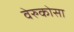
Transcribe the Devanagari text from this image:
वेरुकोसा